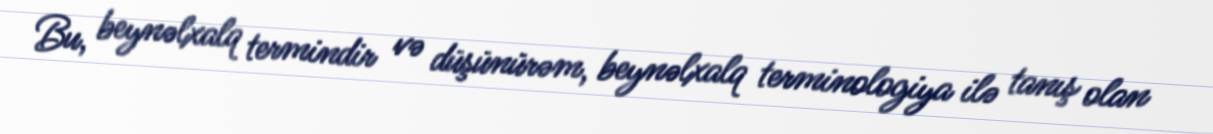
Bu, beynəlxalq termindir və düşünürəm, beynəlxalq terminologiya ilə tanış olan